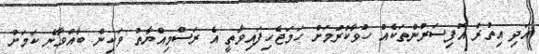
އަދި އިތުރު އޮފިސަރުންތަކެއް ހުވާކުރުމަށް ހަމަޖެހިފައިވާތީ އެ ރަސްމިއްޔާތު ވަކިން ބާއްވާނެ ކަމަށް